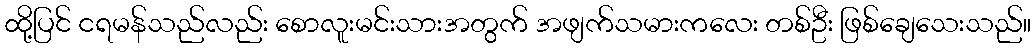
ထို့ပြင် ငရမန်သည်လည်း စောလူးမင်းသားအတွက် အဖျက်သမားကလေး တစ်ဦး ဖြစ်ချေသေးသည်။